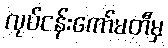
လုပ်ငန်းကော်မတီမှ